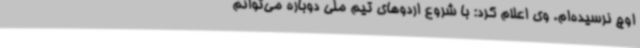
اوج نرسیده‌ام. وی اعلام کرد: با شروع اردوهای تیم ملی دوباره می‌توانم